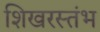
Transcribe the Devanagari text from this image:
शिखरस्तंभ